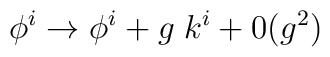
\phi^i \rightarrow \phi^i + g \; k^i + 0(g^2)